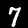
Digit: 7